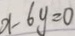
x - 6 y = 0